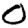
Digit: 0